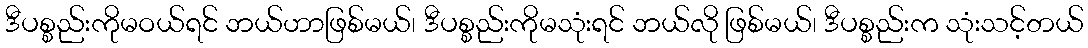
ဒီပစ္စည်းကိုမဝယ်ရင် ဘယ်ဟာဖြစ်မယ်၊ ဒီပစ္စည်းကိုမသုံးရင် ဘယ်လို ဖြစ်မယ်၊ ဒီပစ္စည်းက သုံးသင့်တယ်